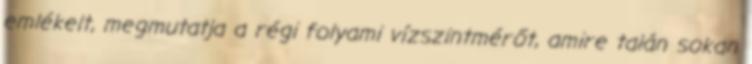
emlékeit, megmutatja a régi folyami vízszintmérőt, amire talán sokan